Indian journal of veterinary science and animal husbandry - Volume 8,
Year: 1938
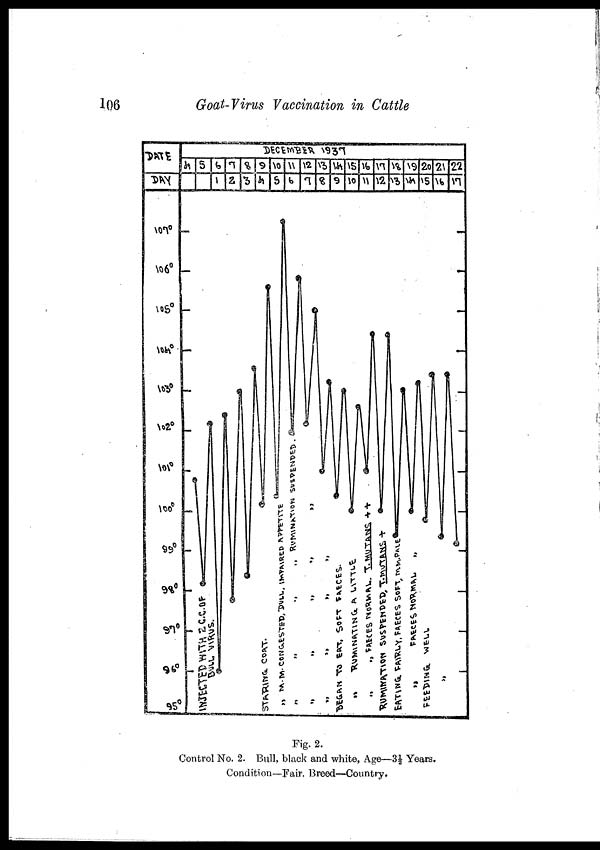
106
Goat-Virus Vaccination in Cattle
Fig. 2.
Control No. 2. Bull, black and white, Age—3½ Years.
Condition—Fair. Breed—Country.